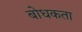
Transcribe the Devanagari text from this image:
बोधकता